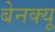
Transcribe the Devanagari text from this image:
बेनक्यू